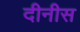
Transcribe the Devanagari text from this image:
दीनीस